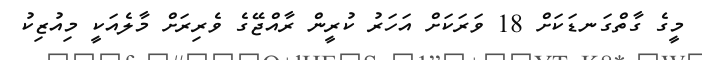
މީގެ ގާތްގަނޑަކަށް 18 ވަރަކަށް އަހަރު ކުރީން ރާއްޖޭގެ ވެރިރަށް މާލެއަކީ މިއުޒިކު